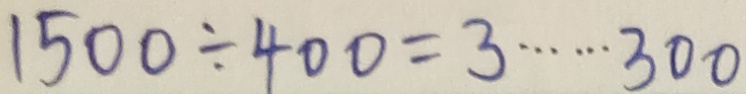
1 5 0 0 \div 4 0 0 = 3 \cdots 3 0 0